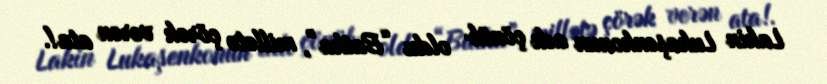
Lakin Lukaşenkonun adı çönüb oldu “Batka”, millətə çörək verən ata!.